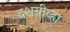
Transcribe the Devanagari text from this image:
दशग्रीव्हा